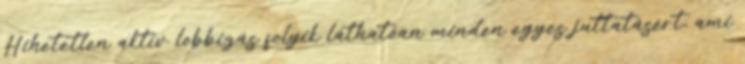
Hihetetlen aktív lobbizás folyik láthatóan minden egyes juttatásért, ami